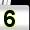
Digit: 5